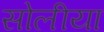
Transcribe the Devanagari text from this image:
सोलीया